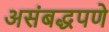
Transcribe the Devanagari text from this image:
असंबद्धपणे